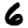
Digit: 6